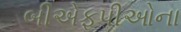
બીએફપીઓના